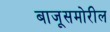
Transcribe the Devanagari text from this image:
बाजूसमोरील